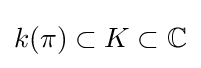
k(\pi )\subset K\subset \mathbb {C}